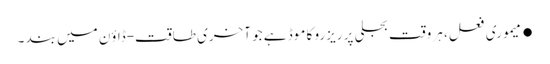
●میموری فعل، ہر وقت بجلی پر ریزرو کا موڈ ہے جو آخری طاقت-ڈاؤن میں بند ۔